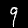
Digit: 9